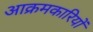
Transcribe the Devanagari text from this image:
आक्रमकारियों